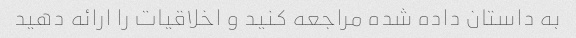
به داستان داده شده مراجعه کنید و اخلاقیات را ارائه دهید